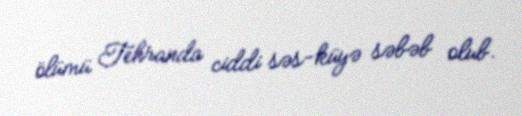
ölümü Tehranda ciddi səs-küyə səbəb olub.